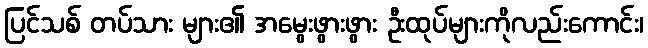
ပြင်သစ် တပ်သား များ၏ အမွေးဖွားဖွား ဦးထုပ်များကိုလည်းကောင်း၊